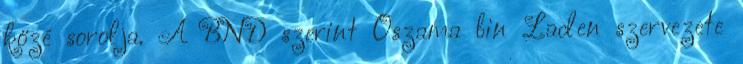
közé sorolja. A BND szerint Oszama bin Laden szervezete